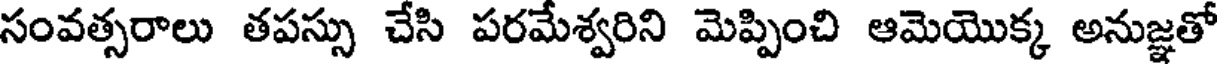
సంవత్సరాలు తపస్సు చేసి పరమేశ్వరిని మెప్పించి ఆమెయొక్క అనుజ్ఞతో